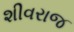
શીવરાજ